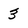
Character: 3